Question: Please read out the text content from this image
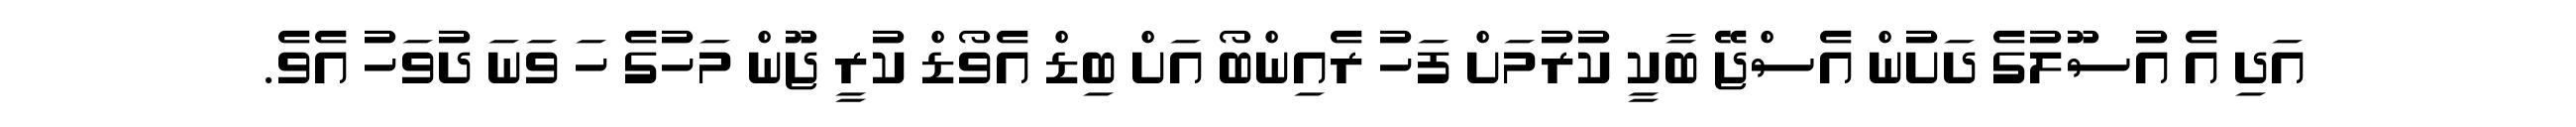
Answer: އަދި އެ އުސޫލުގެ ދަށުން އެސްޖޭ ބާކީ ކުރުމަށް ފަހު ރެއިންބޯ އަށް ބިޑް އެވޯޑް ކުރީ ޖޫން މަހުގެ ހަ ވަނަ ދުވަހު އެވެ.